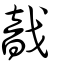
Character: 戠